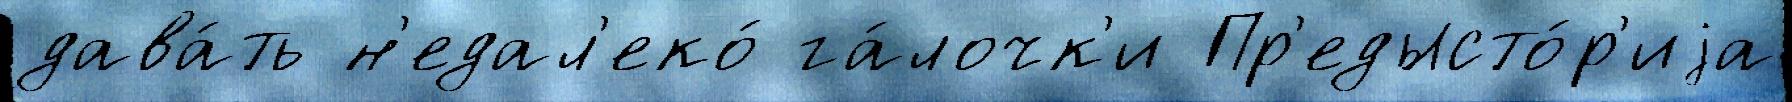
дава́ть н'едал'еко́ га́лочк'и Пр'едысто́р'иjа